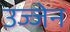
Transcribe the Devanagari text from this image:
उज्‍जेन